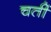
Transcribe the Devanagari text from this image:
चतीं